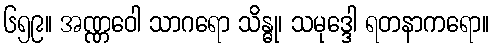
၆၅၉။ အဏ္ဏဝေါ သာဂရော သိန္ဓု၊ သမုဒ္ဒေါ ရတနာကရော။